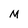
Character: M